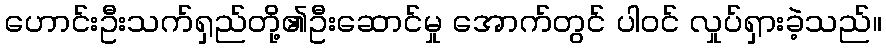
ဟောင်းဦးသက်ရှည်တို့၏ဦးဆောင်မှု အောက်တွင် ပါဝင် လှုပ်ရှားခဲ့သည်။